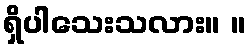
ရှိပါသေးသလား။ ။